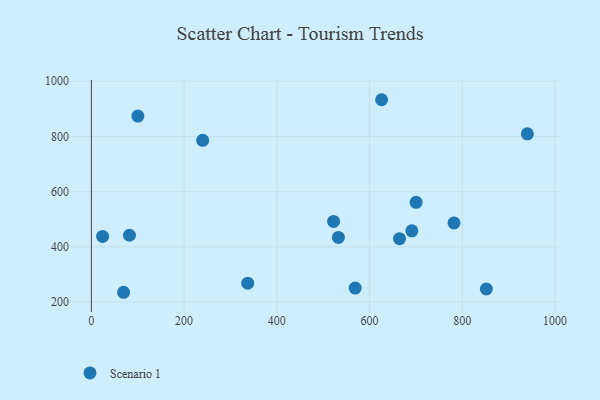
{"axis": {"x": "Investment", "y": "Sales"}, "legend": ["Scenario 1"], "data": [{"x": "664.6", "y": 429.8, "type": "Scenario 1"}, {"x": "691.2", "y": 458.1, "type": "Scenario 1"}, {"x": "851.8", "y": 247.3, "type": "Scenario 1"}, {"x": "782.1", "y": 486.6, "type": "Scenario 1"}, {"x": "100.3", "y": 874.0, "type": "Scenario 1"}, {"x": "625.9", "y": 933.2, "type": "Scenario 1"}, {"x": "532.8", "y": 434.3, "type": "Scenario 1"}, {"x": "82.2", "y": 442.1, "type": "Scenario 1"}, {"x": "522.4", "y": 492.1, "type": "Scenario 1"}, {"x": "240.1", "y": 786.1, "type": "Scenario 1"}, {"x": "700.3", "y": 561.3, "type": "Scenario 1"}, {"x": "337.2", "y": 268.5, "type": "Scenario 1"}, {"x": "940.3", "y": 809.5, "type": "Scenario 1"}, {"x": "569.0", "y": 250.5, "type": "Scenario 1"}, {"x": "24.3", "y": 437.7, "type": "Scenario 1"}, {"x": "69.5", "y": 235.4, "type": "Scenario 1"}]}